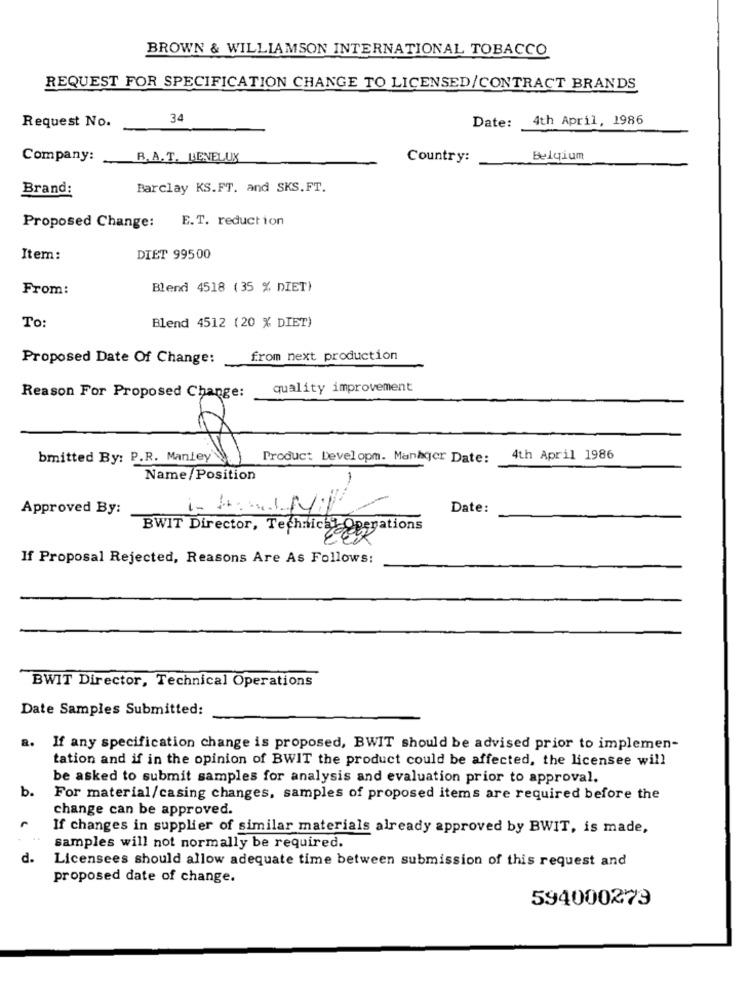
BROWN & WILLIAMSON INTERNATIONAL TOBACCO
REQUEST FOR SPECIFICATION CHANGE TO LICENSED/CONTRACT BRANDS
Request No.
34
4th April, 1986
Date:
Company:
R.A. T. BENELUX
Country:
Belgium
Brand:
Barclay KS.FT. and SKS.FT.
E.T. reduction
Proposed Change:
Item:
DIET 99500
From:
Blend 4518 (35 % DIET)
Blend 4512 (20 % DIET)
To:
Proposed Date Of Change:
from next production
quality improvement
Reason For Proposed Change:
bmitted By: P.R. Mantey
Product Developm. Manager Date:
4th April 1986
Name/Position
Approved By:
Date:
BWIT Director, Technicho
Operations
If Proposal Rejected, Reasons Are As Follows:
BWIT Director, Technical Operations
Date Samples Submitted:
a.
If any specification change is proposed, BWIT should be advised prior to implemen-
tation and if in the opinion of BWIT the product could be affected, the licensee will
be asked to submit samples for analysis and evaluation prior to approval.
b.
For material/casing changes, samples of proposed items are required before the
change can be approved.
If changes in supplier of similar materials already approved by BWIT, is made,
samples will not normally be required.
d.
Licensees should allow adequate time between submission of this request and
proposed date of change.
594000279